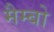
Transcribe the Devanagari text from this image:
मैम्बो